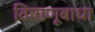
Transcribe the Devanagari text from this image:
विषाणूबाधा